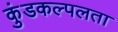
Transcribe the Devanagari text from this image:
कुंडकल्पलता